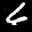
Label: 6